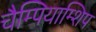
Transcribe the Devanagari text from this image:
चैम्पियाम्शिप